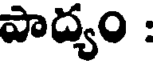
పాద్యం :